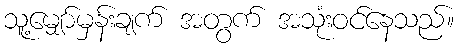
သူ့မျှော်မှန်းချက် အတွက် အသုံးဝင်နေသည်။